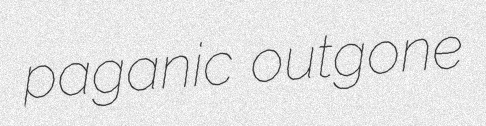
paganic outgone